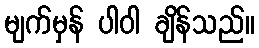
မျက်မှန် ပါဝါ ချိန်သည်။